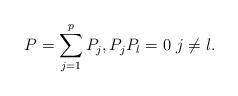
LaTeX: \begin{align*}P = \sum_{j=1}^{p} P_j, P_j P_l = 0 \ j \ne l.\end{align*}